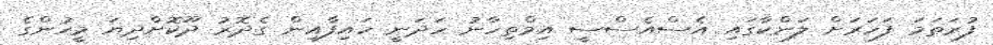
ފުރަތަމަ ފަހަރަށް ލަންކާގައި އެސްއެސްސީ އިމްތިހާނު ހަދަނީ ހައިފާއިން ގެދޮރު ދޫކޮށްދިޔަ މީހުންގެ